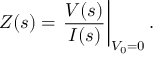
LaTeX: Z ( s ) = \left. { \frac { V ( s ) } { I ( s ) } } \right| _ { V _ { 0 } = 0 } .